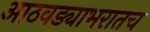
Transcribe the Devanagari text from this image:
आठवड्याभरातच